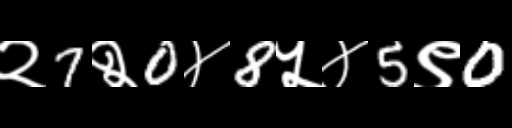
Text: २7२0४8५४5९0